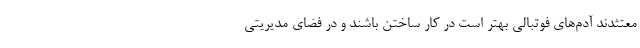
معتثدند آدم‌های فوتبالی بهتر است در کار ساختن باشند و در فضای مدیریتی